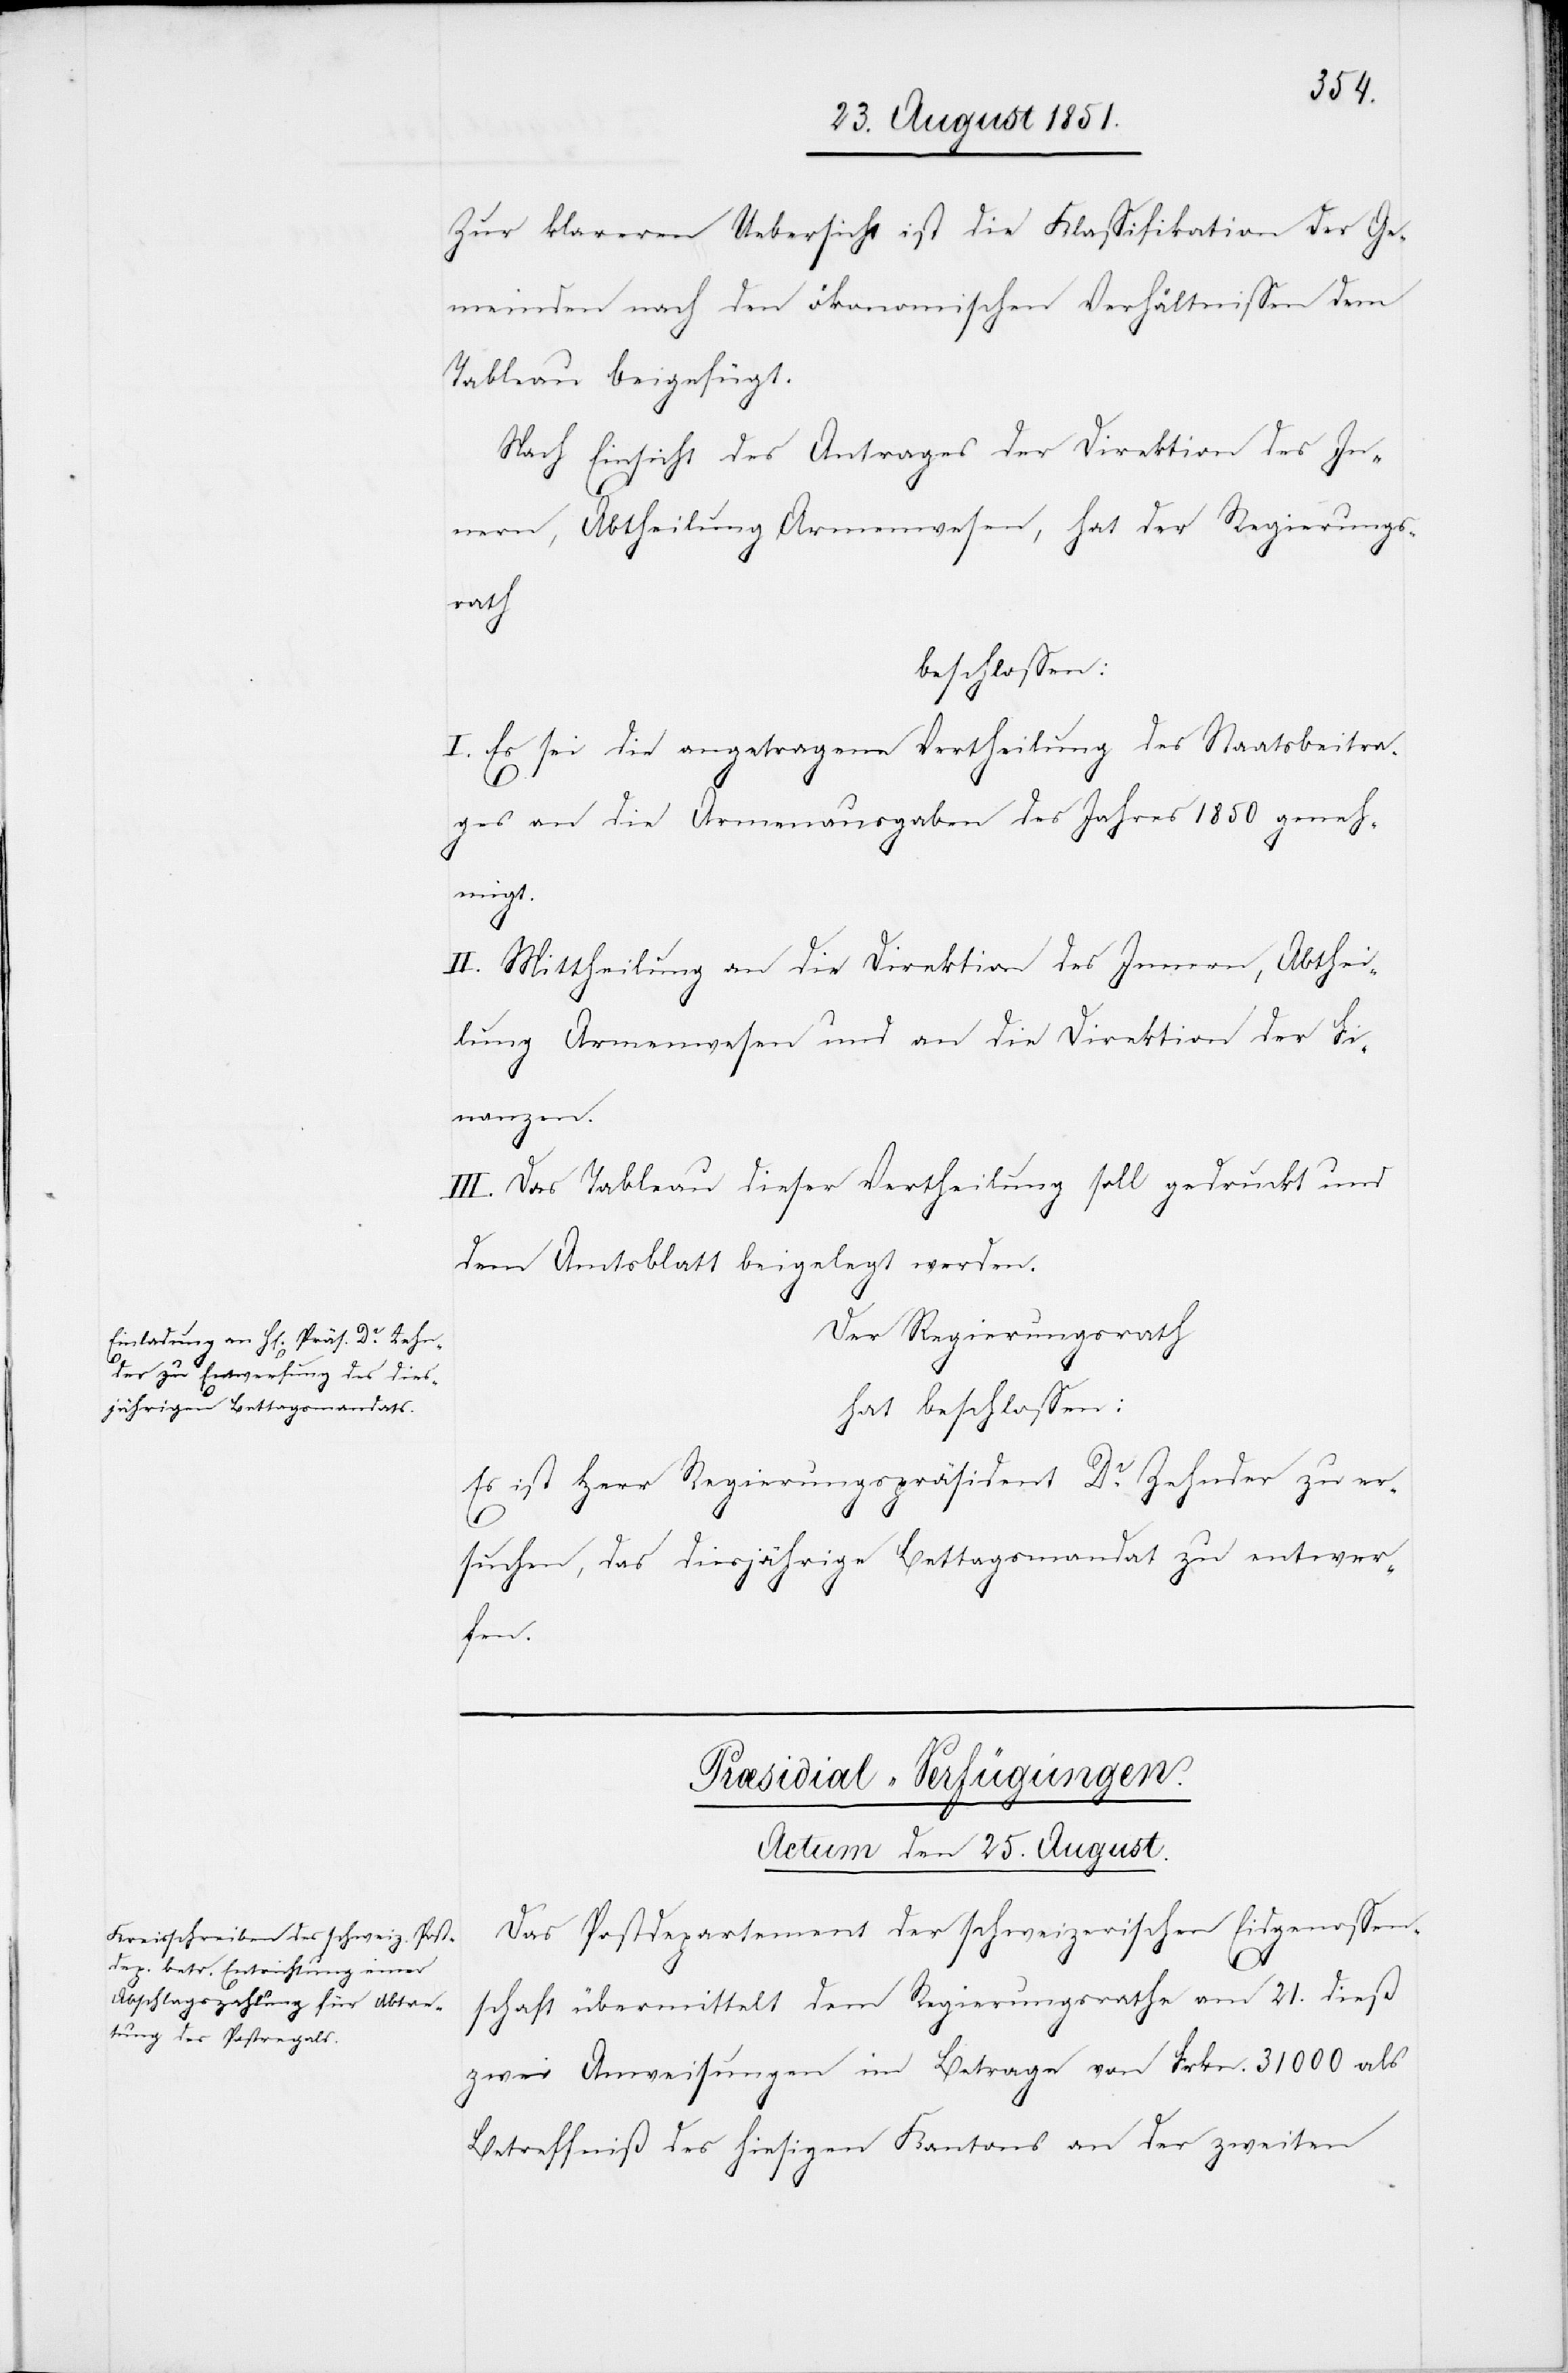
Zur klareren Uebersicht ist die Klassifikation der Ge¬
meinden nach den ökonomischen Verhältnissen dem
Tableau beigefügt.
Nach Einsicht des Antrages der Direktion des In¬
nern, Abtheilung Armenwesen, hat der Regierungs¬
rath
beschlossen:
I. Es sei die angetragene Vertheilung des Staatsbeitra¬
ges an die Armenausgaben des Jahres 1850 geneh¬
migt.
II. Mittheilung an die Direktion des Innern, Abthei¬
lung Armenwesen und an die Direktion der Fi¬
nanzen.
III. Das Tableau dieser Vertheilung soll gedruckt und
dem Amtsblatt beigelegt werden.
Der Regierungsrath
hat beschlossen:
Es ist Herr Regierungspräsident Dr. Zehnder zu er¬
suchen, das diesjährige Bettagsmandat zu entwer¬
fen.
Præsidial-Verfügungen.
Actum den 25. August.
Das Postdepartement der schweizerischen Eidgenossen¬
schaft übermittelt dem Regierungsrathe am 21. dieß
zwei Anweisungen im Betrage von Frkn. 31000 als
Betreffniß des hiesigen Kantons an der zweiten